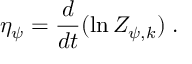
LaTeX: \eta _ { \psi } = \frac { d } { d t } ( \ln Z _ { \psi , k } ) \; .